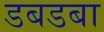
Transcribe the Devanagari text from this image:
डबडबा